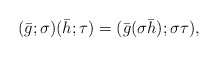
\begin{align*} (\bar{g};\sigma)(\bar{h};\tau) = (\bar{g} (\sigma \bar{h}); \sigma \tau),\end{align*}